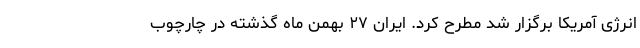
انرژی آمریکا برگزار شد مطرح کرد. ایران ۲۷ بهمن ماه گذشته در چارچوب